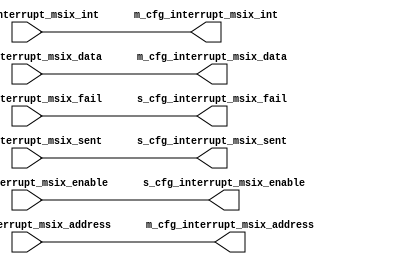
module MSIxUSPTranslator(
              input [63:0] s_cfg_interrupt_msix_address,
              input [31:0] s_cfg_interrupt_msix_data,
              input s_cfg_interrupt_msix_int,
              output [3:0] s_cfg_interrupt_msix_enable,
              output s_cfg_interrupt_msix_fail,
              output s_cfg_interrupt_msix_sent,
              output [63:0] m_cfg_interrupt_msix_address,
              output [31:0] m_cfg_interrupt_msix_data,
              output m_cfg_interrupt_msix_int,
              input [3:0] m_cfg_interrupt_msix_enable,
              input m_cfg_interrupt_msix_fail,
              input m_cfg_interrupt_msix_sent
              );

assign m_cfg_interrupt_msix_address = s_cfg_interrupt_msix_address;
assign m_cfg_interrupt_msix_data = s_cfg_interrupt_msix_data;
assign m_cfg_interrupt_msix_int = s_cfg_interrupt_msix_int;
assign s_cfg_interrupt_msix_enable = m_cfg_interrupt_msix_enable;
assign s_cfg_interrupt_msix_fail = m_cfg_interrupt_msix_fail;
assign s_cfg_interrupt_msix_sent = m_cfg_interrupt_msix_sent;

endmodule